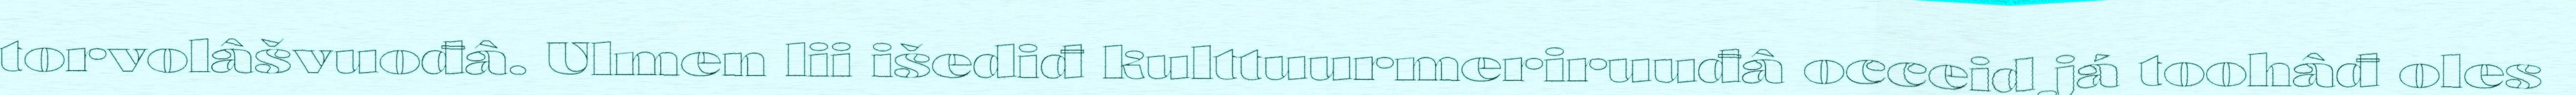
torvolâšvuođâ. Ulmen lii išediđ kulttuurmeriruuđâ occeid já toohâđ oles